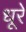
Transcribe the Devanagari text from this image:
धूरे